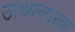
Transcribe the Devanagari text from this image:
उत्थानपरक